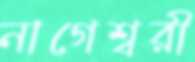
নাগেশ্বরী